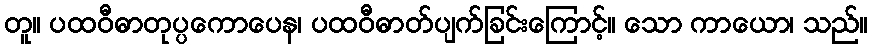
တူ။ ပထဝီဓာတုပ္ပကောပေန၊ ပထဝီဓာတ်ပျက်ခြင်းကြောင့်။ သော ကာယော၊ သည်။